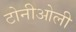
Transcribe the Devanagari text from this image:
टोनीओली